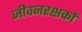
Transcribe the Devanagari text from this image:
जीवनरक्षकों